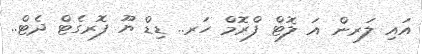
އައި ލަރން އަ ލޮޓް ފްރޮމް ހަރ.. ޑިޑް ޔޫ ފޮރގެޓް ދެޓް..